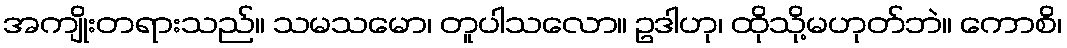
အကျိုးတရားသည်။ သမသမော၊ တူပါသလော။ ဥဒါဟု၊ ထိုသို့မဟုတ်ဘဲ။ ကောစိ၊